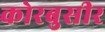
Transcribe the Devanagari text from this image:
कोरबुसीर